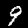
Digit: 9